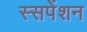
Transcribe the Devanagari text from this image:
स्सपेंशन